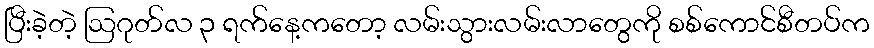
ပြီးခဲ့တဲ့ ဩဂုတ်လ ၃ ရက်နေ့ကတော့ လမ်းသွားလမ်းလာတွေကို စစ်ကောင်စီတပ်က